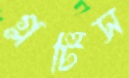
গ্লটিস